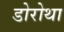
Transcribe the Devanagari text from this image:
डोरोथा